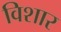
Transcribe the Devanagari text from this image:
विशार